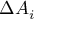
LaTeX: \Delta A _ { i }